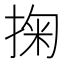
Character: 掬